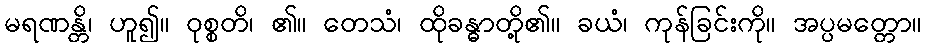
မရဏန္တိ၊ ဟူ၍။ ဝုစ္စတိ၊ ၏။ တေသံ၊ ထိုခန္ဓာတို့၏။ ခယံ၊ ကုန်ခြင်းကို။ အပ္ပမတ္တော။